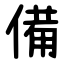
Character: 備